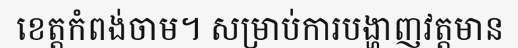
ខេត្តកំពង់ចាម។ សម្រាប់ការបង្ហាញវត្តមាន